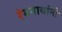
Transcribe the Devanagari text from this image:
रंगनाथांनी